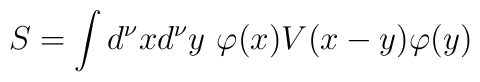
S=\int d^\nu xd^\nu y~ \varphi(x) V(x-y) \varphi(y)